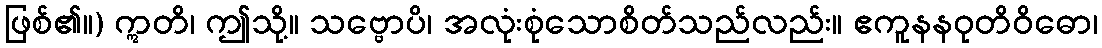
ဖြစ်၏။) ဣတိ၊ ဤသို့။ သဗ္ဗောပိ၊ အလုံးစုံသောစိတ်သည်လည်း။ ဧကူနနဝုတိဝိဓော၊